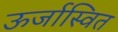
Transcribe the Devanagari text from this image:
ऊर्जास्वित